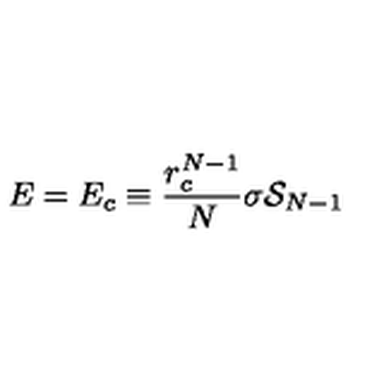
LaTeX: E = E _ { c } \equiv { \frac { r _ { c } ^ { N - 1 } } { N } } \sigma { \cal S } _ { N - 1 }